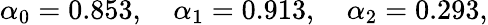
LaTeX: \alpha_{0}=0.853,\quad\alpha_{1}=0.913,\quad\alpha_{2}=0.293,